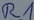
Text: R1